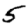
Digit: 5